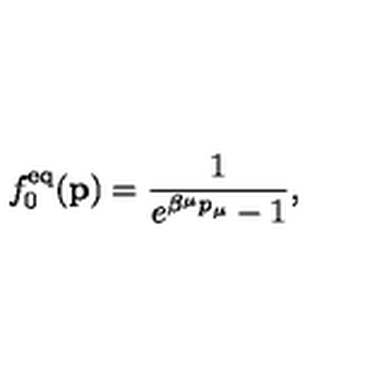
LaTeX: f _ { 0 } ^ { \mathrm { e q } } ( { \bf p } ) = { \frac { 1 } { e ^ { \beta ^ { \mu } p _ { \mu } } - 1 } } ,